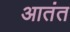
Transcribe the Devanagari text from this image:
आतंत